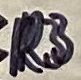
Text: R3